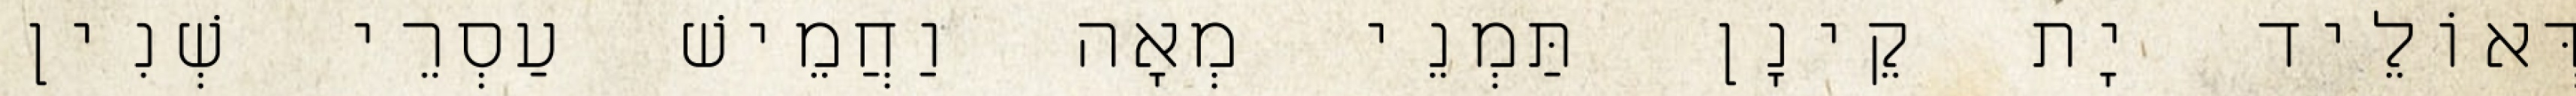
דְּאוֹלֵיד יָת קֵינָן תַּמְנֵי מְאָה וַחֲמֵישׁ עַסְרֵי שְׁנִין